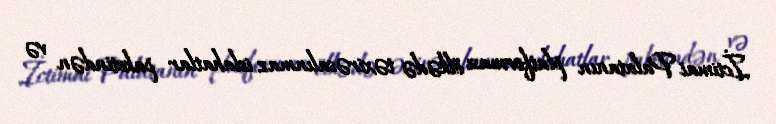
İctimai Palatanın platforması ölkədə təxirəsalınmaz islahatlar paketindən və